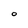
Character: O